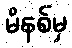
မိနစ်မှ